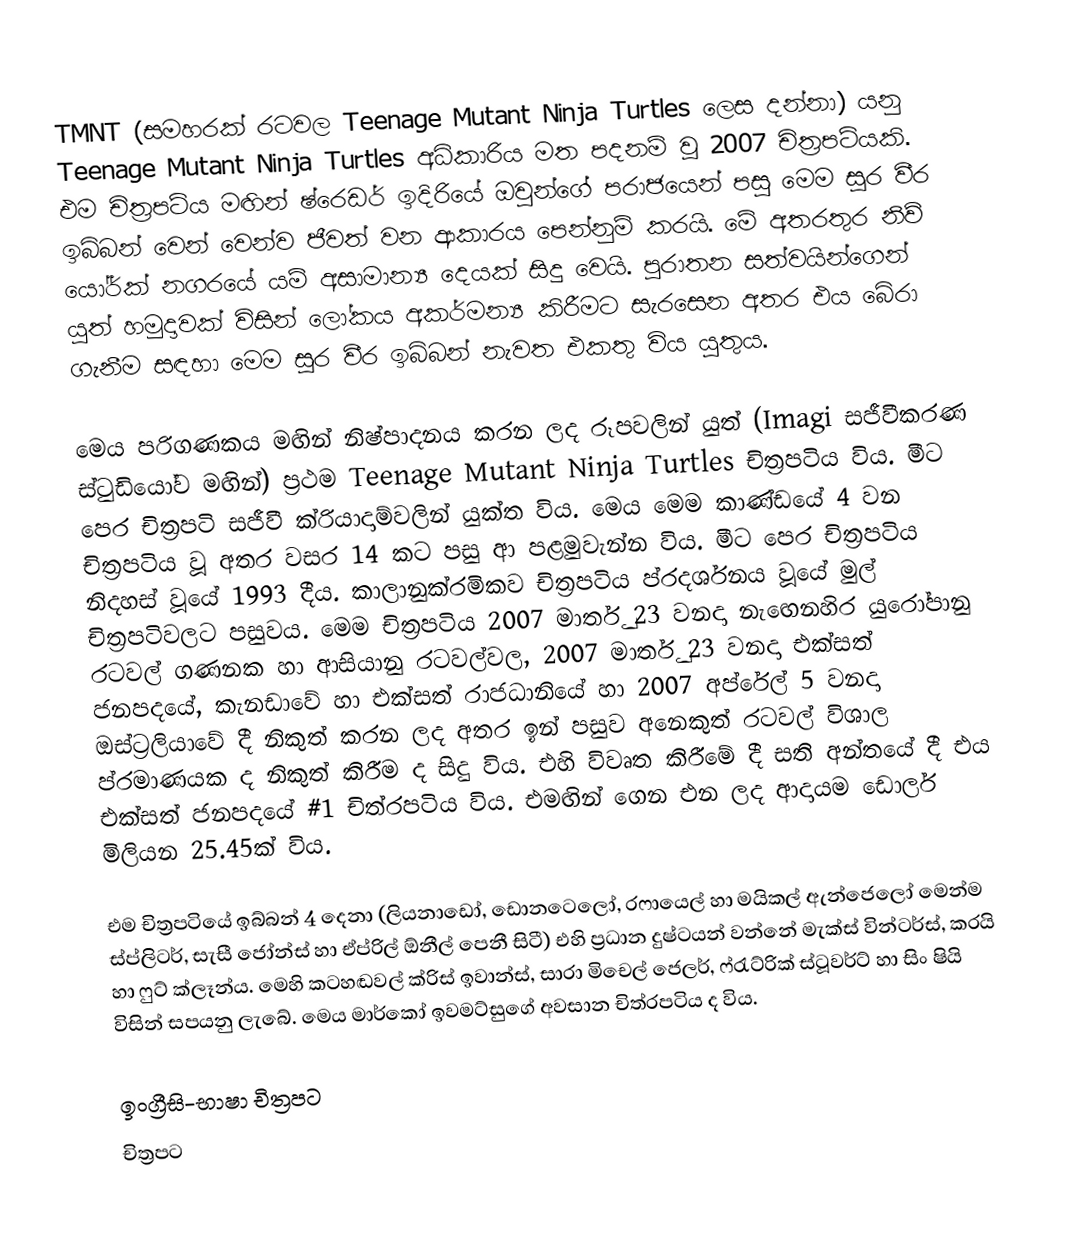
TMNT (සමහරක් රටවල Teenage Mutant Ninja Turtles ලෙස දන්නා) යනු Teenage Mutant Ninja Turtles අධිකාරිය මත පදනම් වූ 2007 චිත්‍රපටියකි. එම චිත්‍රපටිය මඟින් ෂ්රෙඩර් ඉදිරියේ ඔවුන්ගේ පරාජයෙන් පසු මෙම සූර වීර ඉබ්බන් වෙන් වෙන්ව ජීවත් වන ආකාරය පෙන්නුම් කරයි. මේ අතරතුර නිව් යෝර්ක් නගරයේ යම් අසාමාන්‍ය දෙයක් සිදු වෙයි. පුරාතන සත්වයින්ගෙන් යුත් හමුදාවක් විසින් ලෝකය අකර්මන්‍ය කිරීමට සැරසෙන අතර එය බේරා ගැනීම සඳහා මෙම සූර වීර ඉබ්බන් නැවත එකතු විය යුතුය.

මෙය පරිගණකය මඟින් නිෂ්පාදනය කරන ලද රූපවලින් යුත් (Imagi සජීවීකරණ ස්ටුඩියෝව මඟින්) ප්‍රථම Teenage Mutant Ninja Turtles චිත්‍රපටිය විය. මීට පෙර චිත්‍රපටි සජීවී ක්රියාදාම්වලින් යුක්ත විය. මෙය මෙම කාණ්ඩයේ 4 වන චිත්‍රපටිය වූ අතර වසර 14 කට පසු ආ පළමුවැන්න විය. මීට පෙර චිත්‍රපටිය නිදහස් වූයේ 1993 දීය. කාලානුක්රමිකව චිත්‍රපටිය ප්රදර්ශනය වූයේ මුල් චිත්‍රපටිවලට පසුවය. මෙම චිත්‍රපටිය 2007 මාර්තු 23 වනදා නැඟෙනහිර යුරෝපානු රටවල් ගණනක හා ආසියානු රටවල්වල, 2007 මාර්තු 23 වනදා එක්සත් ජනපදයේ, කැනඩාවේ හා එක්සත් රාජධානියේ හා 2007 අප්රේල් 5 වනදා ඔස්ට්‍රලියාවේ දී නිකුත් කරන ලද අතර ඉන් පසුව අනෙකුත් රටවල් විශාල ප්රමාණයක ද නිකුත් කිරීම ද සිදු විය. එහි විවෘත කිරීමේ දී සති අන්තයේ දී එය එක්සත් ජනපදයේ #1 චිත්රපටිය විය. එමඟින් ගෙන එන ලද ආදායම ඩොලර් මිලියන 25.45ක් විය.

එම චිත්‍රපටියේ ඉබ්බන් 4 දෙනා (ලියනාඩෝ, ඩොනටෙලෝ, රෆායෙල් හා මයිකල් ඇන්ජෙලෝ මෙන්ම ස්ප්ලිටර්, සැසී ජෝන්ස් හා ඒප්රිල් ඕනීල් පෙනී සිටී) එහි ප්‍රධාන දුෂ්ටයන් වන්නේ මැක්ස් වින්ටර්ස්, කරයි හා ෆුට් ක්ලෑන්ය. මෙහි කටහඬවල් ක්රිස් ඉවාන්ස්, සාරා මිචෙල් ජෙලර්, ෆ්රැට්රික් ස්ටූවර්ට් හා සිං ෂියි විසින් සපයනු ලැබේ. මෙය මාර්කෝ ඉවමට්සුගේ අවසාන චිත්රපටිය ද විය.

ඉංග්‍රීසි-භාෂා චිත්‍රපට
චිත්‍රපට